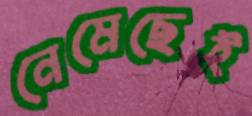
নেমেছেই